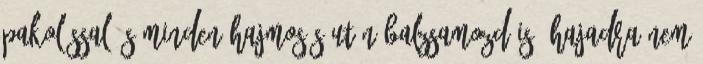
pakolással és minden hajmosás után balzsamozd is. Hajadra nem